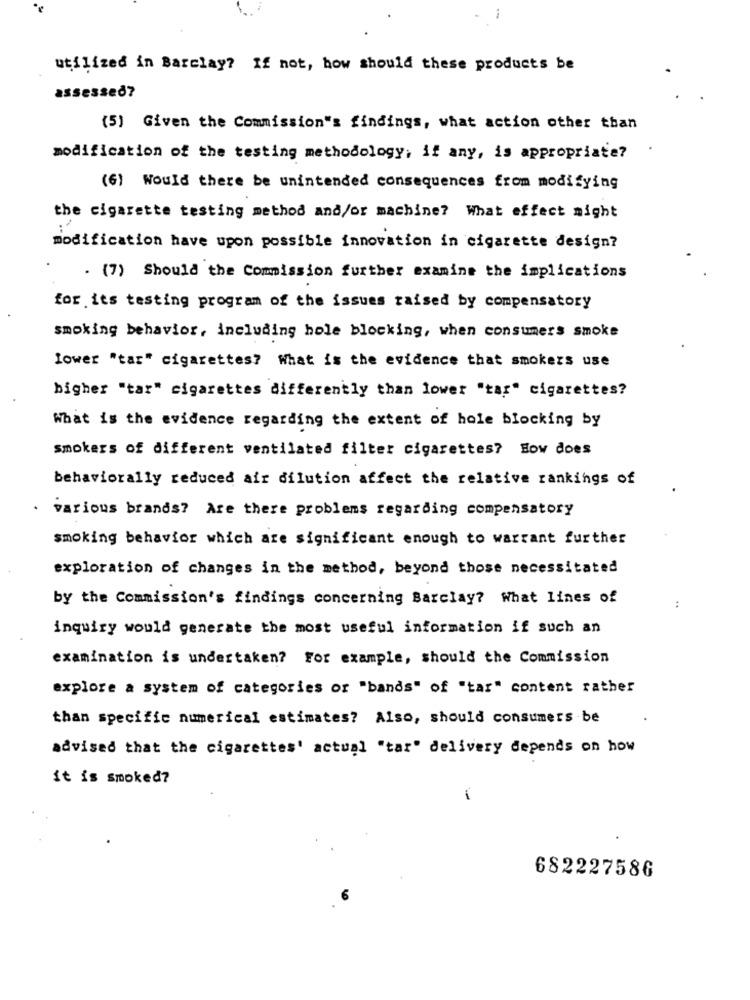
utilized in Barclay? If not, how should these products be
assessed?
(5) Given the Commission's findings, what action other than
modification of the testing methodology, if any, is appropriate?
(6) Would there be unintended consequences from modifying
the cigarette testing method and/or machine? What effect might
modification have upon possible innovation in cigarette design?
. (7) Should the Commission further examine the implications
for its testing program of the issues raised by compensatory
smoking behavior, including hole blocking, when consumers smoke
lower "tar" cigarettes? What is the evidence that smokers use
bigher "tar" cigarettes differently than lower "tar" cigarettes?
What is the evidence regarding the extent of hole blocking by
smokers of different ventilated filter cigarettes? How does
behaviorally reduced air dilution affect the relative rankings of
various brands? Are there problems regarding compensatory
smoking behavior which are significant enough to warrant further
exploration of changes in the method, beyond those necessitated
by the Commission's findings concerning Barclay? What lines of
..
inquiry would generate the most useful information if such an
examination is undertaken? For example, should the Commission
explore a system of categories or "bands" of "tar" content rather
than specific numerical estimates? Also, should consumers be
advised that the cigarettes' actual "tar" delivery depends on how
it is smoked?
682227586